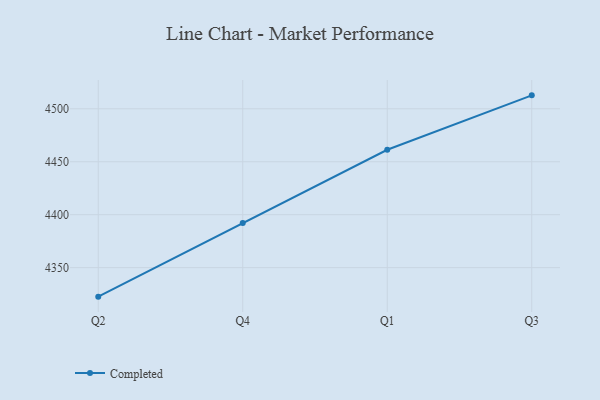
{"axis": {"x": "Quarter", "y": "Inventory Turnover"}, "legend": ["Completed"], "data": [{"x": "Q2", "y": 4322.6, "type": "Completed"}, {"x": "Q4", "y": 4392.1, "type": "Completed"}, {"x": "Q1", "y": 4461.3, "type": "Completed"}, {"x": "Q3", "y": 4512.7, "type": "Completed"}]}